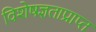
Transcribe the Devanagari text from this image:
विशेषज्ञताप्राप्त